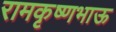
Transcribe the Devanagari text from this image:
रामकृष्णभाऊ